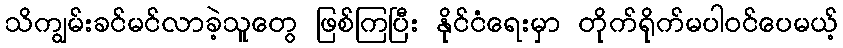
သိကျွမ်းခင်မင်လာခဲ့သူတွေ ဖြစ်ကြပြီး နိုင်ငံရေးမှာ တိုက်ရိုက်မပါဝင်ပေမယ့်